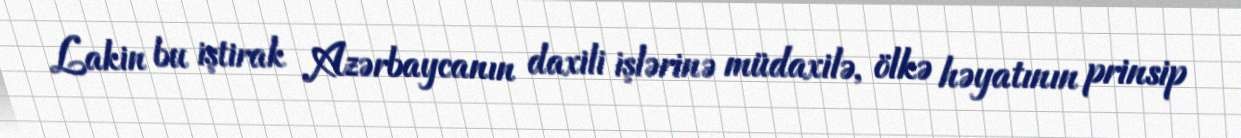
Lakin bu iştirak Azərbaycanın daxili işlərinə müdaxilə, ölkə həyatının prinsip